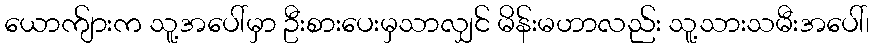
ယောက်ျားက သူ့အပေါ်မှာ ဦးစားပေးမှသာလျှင် မိန်းမဟာလည်း သူ့သားသမီးအပေါ်၊